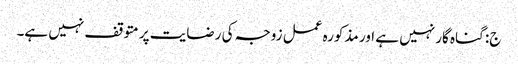
ج: گناہ گار نہیں ہے اور مذکورہ عمل زوجہ کی رضایت پر متوقف نہیں ہے۔